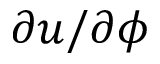
\partial u / \partial \phi